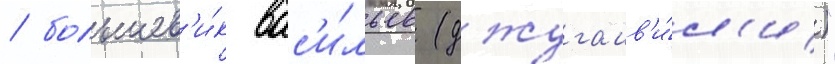
/ большев'и́к вас'и́льев (джугашв'и́л'и)"